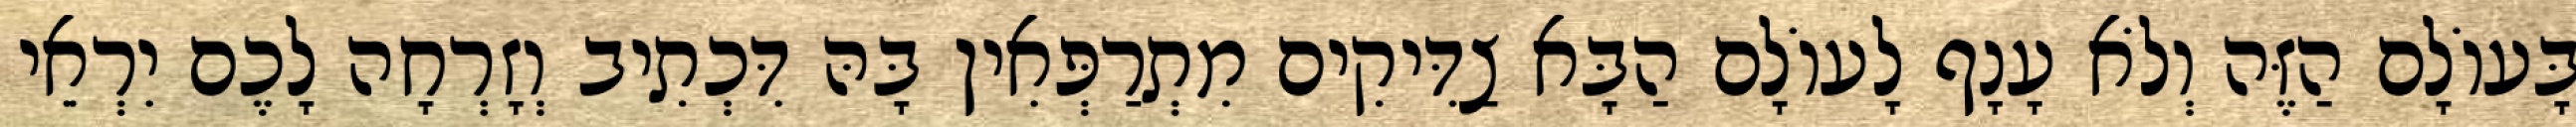
בָּעוֹלָם הַזֶּה וְלֹא עָנָף לָעוֹלָם הַבָּא צַדִּיקִים מִתְרַפְּאִין בָּהּ דִּכְתִיב וְזָרְחָה לָכֶם יִרְאֵי